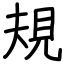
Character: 規